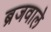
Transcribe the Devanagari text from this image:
ब्रजवाले